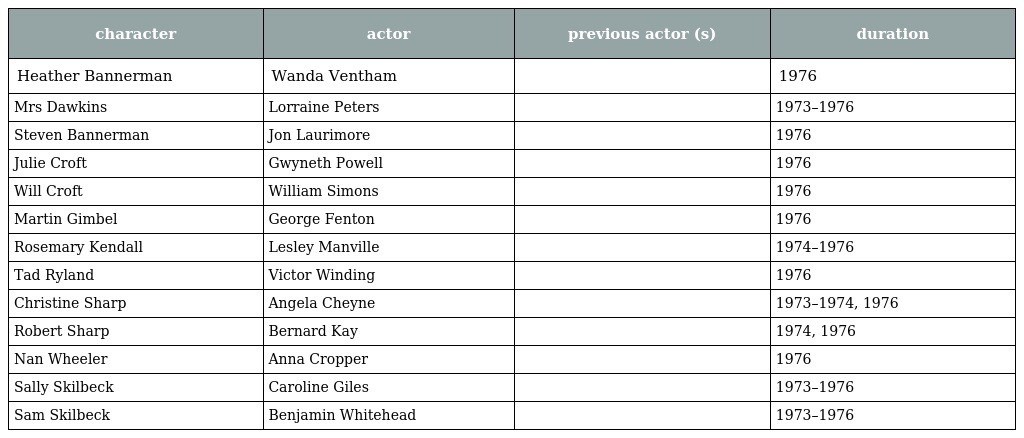
| character | actor | previous actor (s) | duration |
 | --- | --- | --- | --- |
 | Heather Bannerman | Wanda Ventham |  | 1976 |
 | Mrs Dawkins | Lorraine Peters |  | 1973–1976 |
 | Steven Bannerman | Jon Laurimore |  | 1976 |
 | Julie Croft | Gwyneth Powell |  | 1976 |
 | Will Croft | William Simons |  | 1976 |
 | Martin Gimbel | George Fenton |  | 1976 |
 | Rosemary Kendall | Lesley Manville |  | 1974–1976 |
 | Tad Ryland | Victor Winding |  | 1976 |
 | Christine Sharp | Angela Cheyne |  | 1973–1974, 1976 |
 | Robert Sharp | Bernard Kay |  | 1974, 1976 |
 | Nan Wheeler | Anna Cropper |  | 1976 |
 | Sally Skilbeck | Caroline Giles |  | 1973–1976 |
 | Sam Skilbeck | Benjamin Whitehead |  | 1973–1976 |